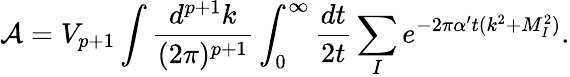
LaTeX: {\cal A}=V_{p+1}\int\frac{d^{p+1}k}{(2\pi)^{p+1}}\int_{0}^{\infty}{\frac{dt}{2t}}\sum_{I}e^{-2\pi{\alpha^{\prime}}t(k^{2}+M_{I}^{2})}.